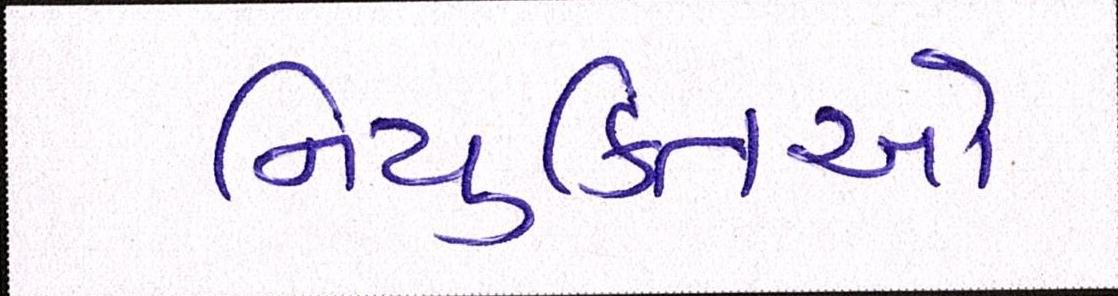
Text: નિયુક્તિઓ